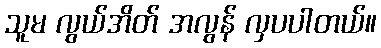
သူမ လွယ်အိတ် အလွန် လှပပါတယ်။